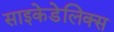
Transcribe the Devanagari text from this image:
साइकेडेलिक्स